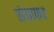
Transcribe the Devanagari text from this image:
सेमाफर